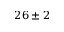
2 6 \pm 2